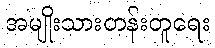
အမျိုးသားတန်းတူရေး